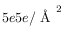
5 e 5 e / \mathrm { ~ \AA ~ } ^ { 2 }